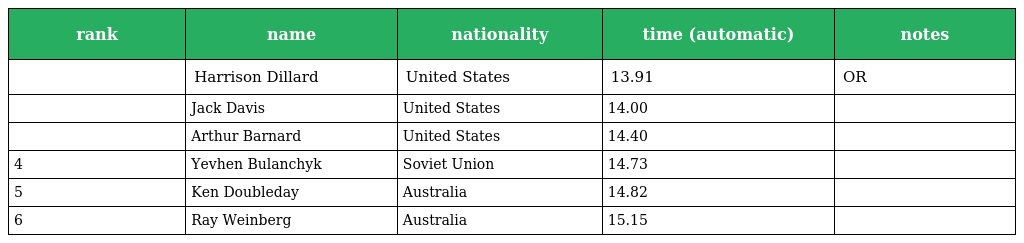
| rank | name | nationality | time (automatic) | notes |
 | --- | --- | --- | --- | --- |
 |  | Harrison Dillard | United States | 13.91 | OR |
 |  | Jack Davis | United States | 14.00 |  |
 |  | Arthur Barnard | United States | 14.40 |  |
 | 4 | Yevhen Bulanchyk | Soviet Union | 14.73 |  |
 | 5 | Ken Doubleday | Australia | 14.82 |  |
 | 6 | Ray Weinberg | Australia | 15.15 |  |